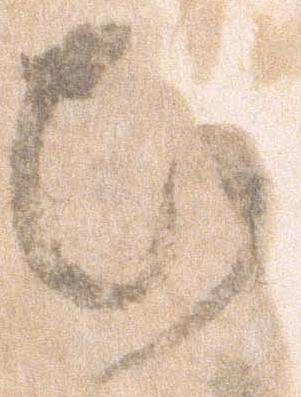
ひ